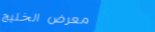
معرض الخليج